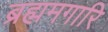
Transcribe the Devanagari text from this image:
ब्रह्ममगारि